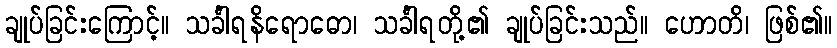
ချုပ်ခြင်းကြောင့်။ သင်္ခါရနိရောဓော၊ သင်္ခါရတို့၏ ချုပ်ခြင်းသည်။ ဟောတိ၊ ဖြစ်၏။